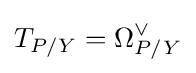
T_{P/Y}=\Omega _{P/Y}^{\vee }